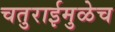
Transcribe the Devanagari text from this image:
चतुराईमुळेच